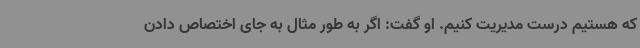
که هستیم درست مدیریت کنیم. او گفت: اگر به طور مثال به جای اختصاص دادن